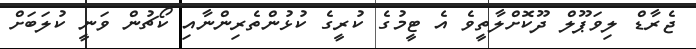
ޖެރާޑް ލިވަޕޫލް ދޫކޮށްލާތީވެ އެ ޓީމުގެ ކުރީގެ ކުޅުންތެރިންނާއި ކޯޗުން ވަނީ ކުލަބަށް